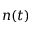
n ( t )